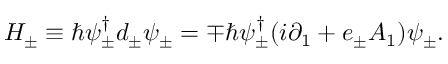
{ \cal H } _ { \pm } \equiv \hbar \psi _ { \pm } ^ { \dagger } d _ { \pm } \psi _ { \pm } = \mp \hbar \psi _ { \pm } ^ { \dagger } ( i { \partial } _ { 1 } + e _ { \pm } A _ { 1 } ) \psi _ { \pm } .